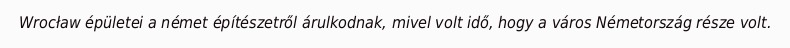
Wrocław épületei a német építészetről árulkodnak, mivel volt idő, hogy a város Németország része volt.